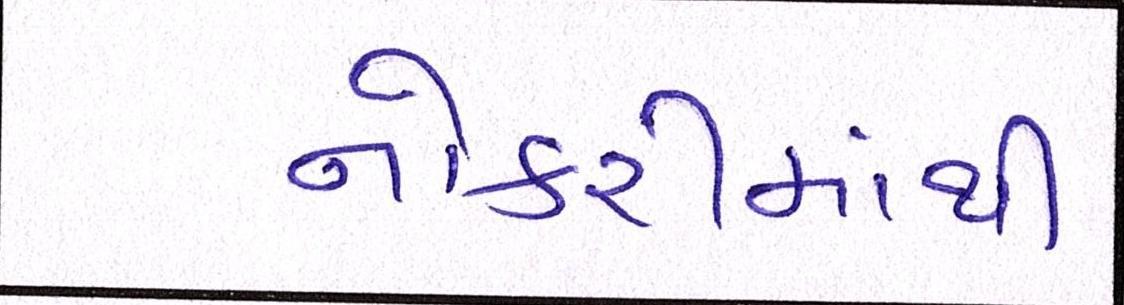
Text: નોકરીમાંથી